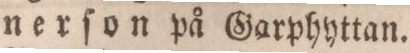
nerſon på Garphyttan.